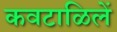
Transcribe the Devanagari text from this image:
कवटाळिलें